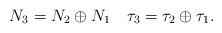
LaTeX: \begin{align*} N_3 = N_2 \oplus N_1 \quad\tau_3 = \tau_2 \oplus \tau_1.\end{align*}